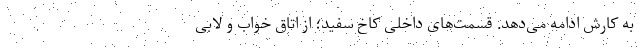
به کارش ادامه می‌دهد. قسمت‌های داخلی کاخ سفید؛ از اتاق خواب و لابی